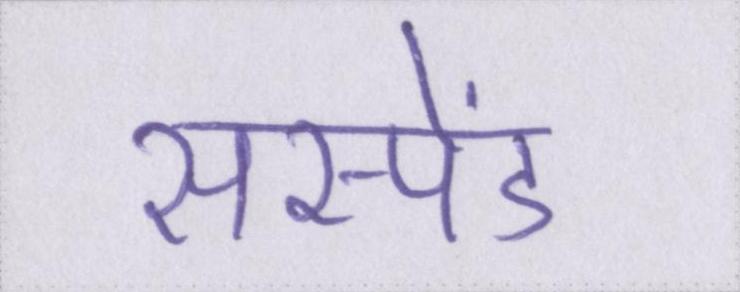
सस्पेंड